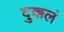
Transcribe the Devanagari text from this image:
दुक्कलं